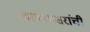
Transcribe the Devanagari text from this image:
वल्लभसरांची